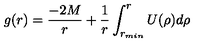
g ( r ) = { \frac { - 2 M } { r } } + { \frac { 1 } { r } } \int _ { r _ { m i n } } ^ { r } U ( \rho ) d \rho